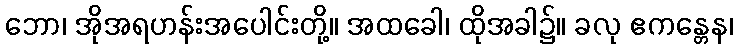
ဘော၊ အိုအရဟန်းအပေါင်းတို့။ အထခေါ၊ ထိုအခါ၌။ ခလု ဧကန္တေန၊